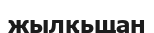
жылқьщан